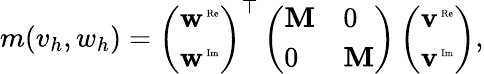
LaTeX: \begin{array}{r}{m(v_{h},w_{h})=\left(\begin{array}{l}{\mathbf{w}^{\mathrm{\tiny\mathrm{~Re}}}}\\ {\mathbf{w}^{\mathrm{\tiny\mathrm{~Im}}}}\end{array}\right)^{\top}\left(\begin{array}{ll}{\mathbf{M}}&{0}\\ {0}&{\mathbf{M}}\end{array}\right)\left(\begin{array}{l}{\mathbf{v}^{\mathrm{\tiny\mathrm{~Re}}}}\\ {\mathbf{v}^{\mathrm{\tiny\mathrm{~Im}}}}\end{array}\right),}\end{array}